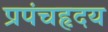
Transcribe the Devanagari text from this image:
प्रपंचहृदय